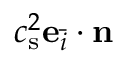
c _ { \mathrm { s } } ^ { 2 } \mathbf { e } _ { \bar { i } } \cdot \mathbf { n }